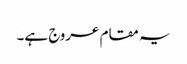
یہ مقام عروج ہے۔